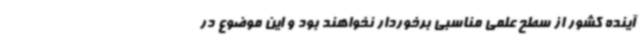
آینده کشور از سطح علمی مناسبی برخوردار نخواهند بود و این موضوع در